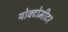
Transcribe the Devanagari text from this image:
योक्टोमीटर